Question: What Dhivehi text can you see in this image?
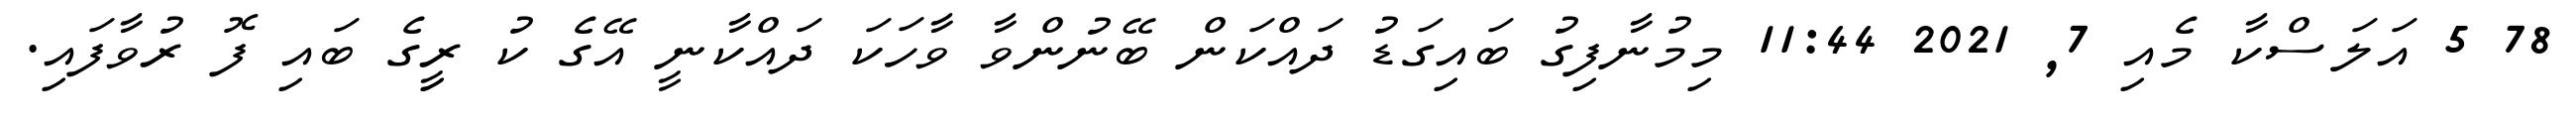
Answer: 78 5 އަލަސްކާ މެއި 7, 2021 11:44 މިމުނާފިގު ބައިގަޑު ދައްކަން ބޭނުންވާ ވާހަކަ ދައްކާނީ އޭގެ ކު ރީިގެ ބައި ފޮ ރުވާފައި.